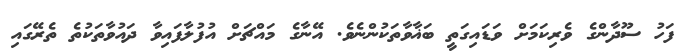
ފަހު ސޫދާންގެ ވެރިކަމަށް ވަޑައިގަތީ ބަޣާވާތަކުންނެވެ. އޭނާގެ މައްޗަށް އުފުލާފައިވާ ދައުވާތަކުތެ ތެރޭގަައި